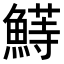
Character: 𬵣